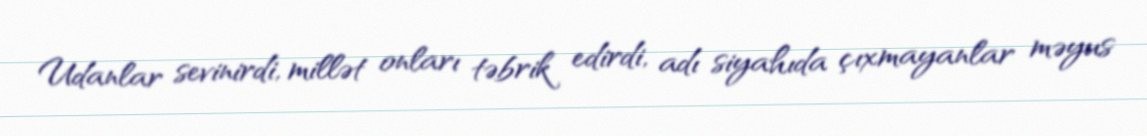
Udanlar sevinirdi, millət onları təbrik edirdi, adı siyahıda çıxmayanlar məyus